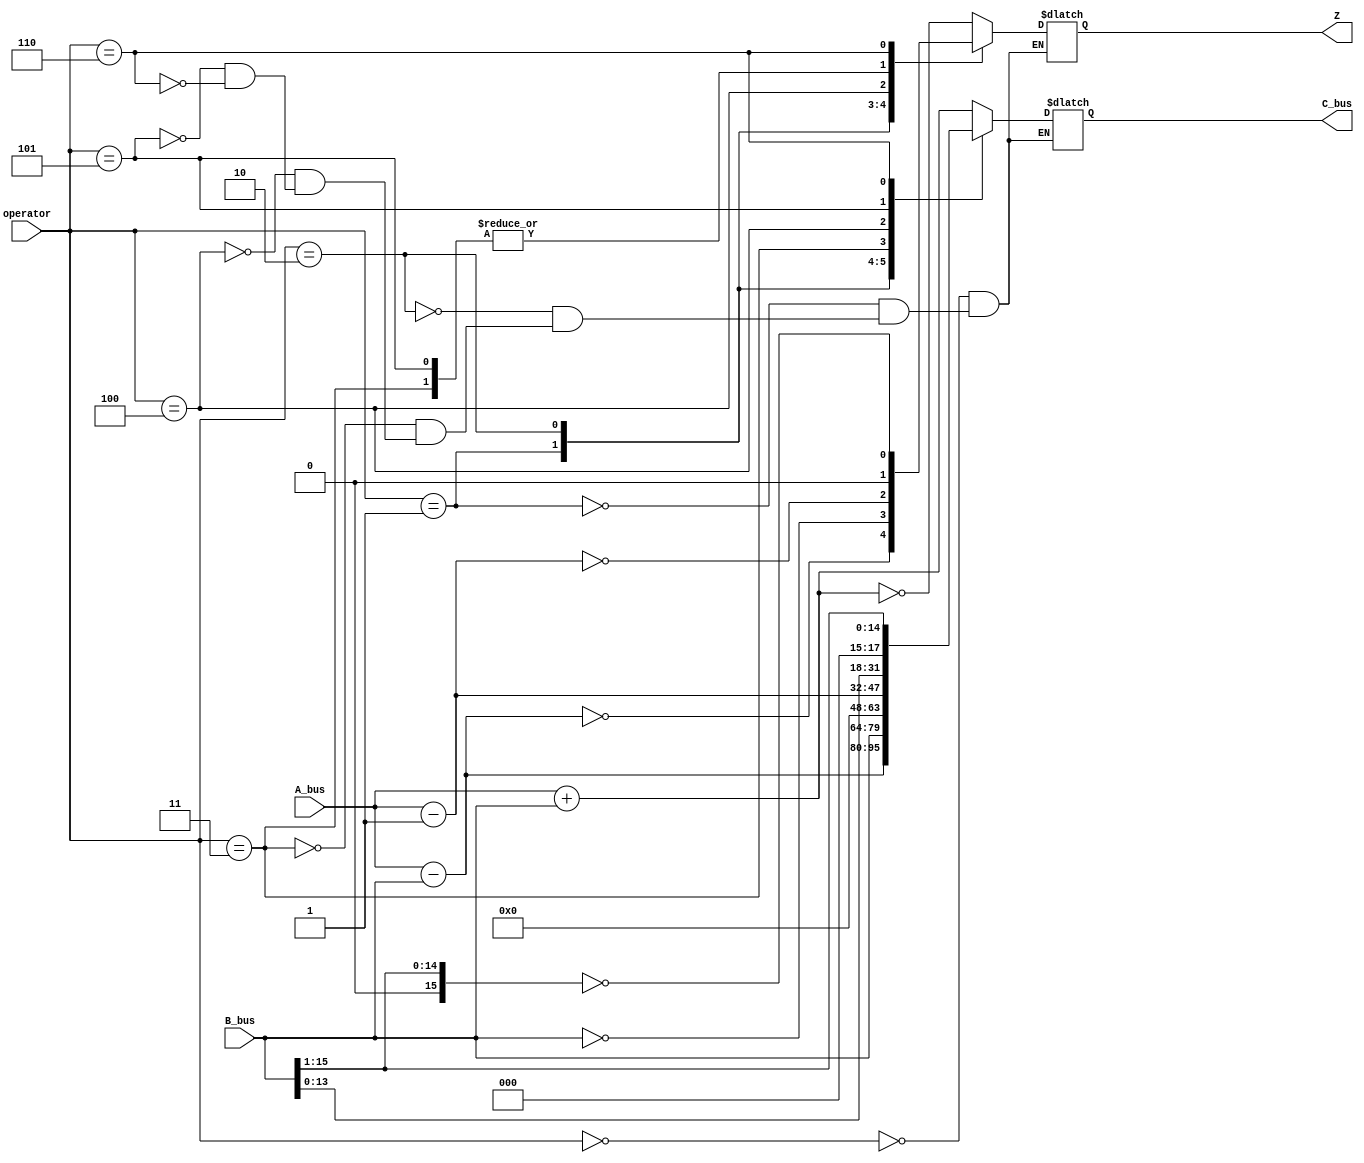
module alu (
	A_bus,
	B_bus,
	operator,
	C_bus,
	Z); 

 input 			[15:0] 	A_bus; // input data
 input 			[15:0] 	B_bus; // input data
 input 			[2:0]  	operator; // select ALU operation
 output reg		[15:0] 	C_bus; // output data
 output reg   				Z=0; // high if output is zero: NOTE change occurs in following clock cycle

  
 parameter 	ADD=3'd0, // C = A+B
				SUB=3'd1, // C = A-B 
				PASS=3'd2, // C = B
				ZER=3'd3,  // C = 0
				DECA=3'd4, // C = A-1
				MUL4=3'd5, // C = B*4
				DIV2=3'd6;  // C = B/2
  
 always@(operator or A_bus or B_bus) 
 begin
	case (operator)
		ADD: 
			begin 
				C_bus = A_bus + B_bus; 
				Z = (C_bus==16'd0); 
			end 
		SUB: 
			begin 
				C_bus = A_bus - B_bus; 
				Z = (C_bus==16'd0);
			end
		PASS: 
			begin 
				C_bus = B_bus; 
				Z = (C_bus==16'd0);
			end
		ZER: 
			begin 
				C_bus = 0; 
				Z = 0;
			end 
		DECA:
			begin 
				C_bus = A_bus-16'd1;
				Z = (C_bus==16'd0);
			end 
		MUL4:
			begin
				C_bus = B_bus << 2;
				Z = 0;
			end
		DIV2:
			begin
				C_bus = B_bus >> 1; 
				Z = (C_bus==16'd0);
			end 
    
	endcase 
 end 
endmodule